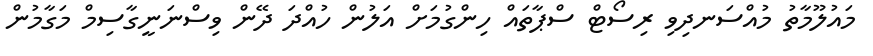
މައުލޫމާތު މުއްސަނދިވި ރިސޯޓް ސްޕާތައް ހިންގުމަށް އަލުން ހުއްދަ ދޭން ވިސްނަނީގާސިމް މަގާމުން